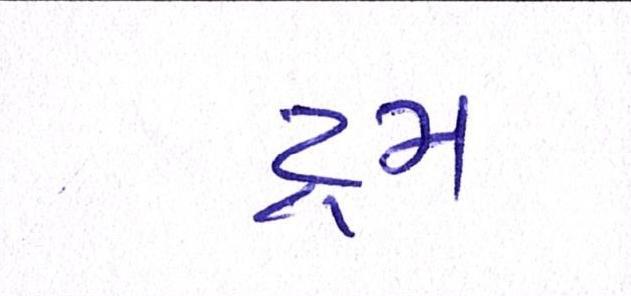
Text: ડ્રમ